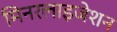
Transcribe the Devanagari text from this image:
मिनरलाइजेशन